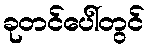
ခုတင်ပေါ်တွင်